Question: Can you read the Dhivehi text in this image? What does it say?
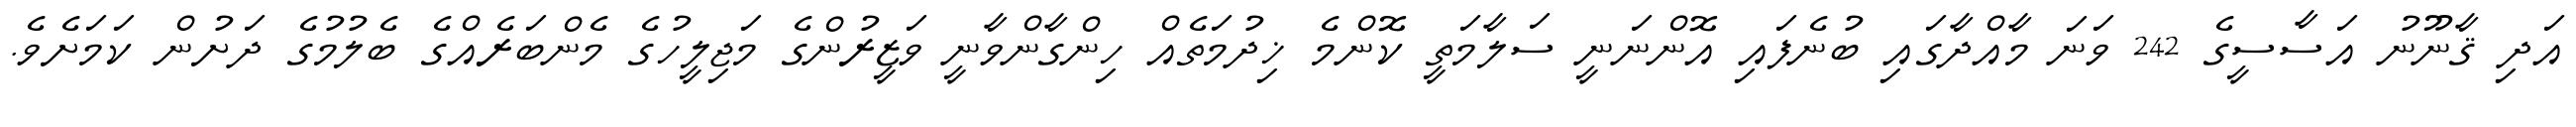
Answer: އަދި ޤާނޫނު އަސާސީގެ 242 ވަނަ މާއްދާގައި ބުނެފައި އޮންނަނީ ސަލާމަތީ ކޮންމެ ޚިދުމަތެއް ހިންގާންވާނީ ވަޒީރުންގެ މަޖިލީހުގެ މެންބަރެއްގެ ބެލުމުގެ ދަށުން ކަމަށެވެ.